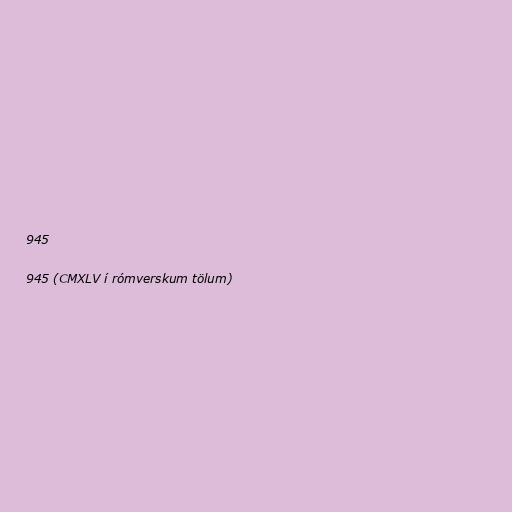
945

945 (CMXLV í rómverskum tölum)